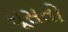
ઘૂસતો